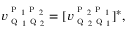
v _ { \textsc { q } _ { 1 } \textsc { q } _ { 2 } } ^ { \textsc { p } _ { 1 } \textsc { p } _ { 2 } } = [ v _ { \textsc { q } _ { 2 } \textsc { q } _ { 1 } } ^ { \textsc { p } _ { 2 } \textsc { p } _ { 1 } } ] ^ { * } ,